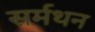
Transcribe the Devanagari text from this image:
सर्मथन